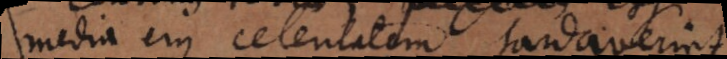
media ejus celeritatem tardaverint.